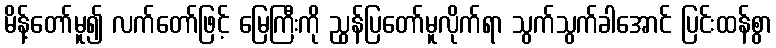
မိန့်တော်မူ၍ လက်တော်ဖြင့် မြေကြီးကို ညွန်ပြတော်မူလိုက်ရာ သွက်သွက်ခါအောင် ပြင်းထန်စွာ